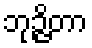
ဘုဉ္ဇိတာ